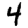
Digit: 4